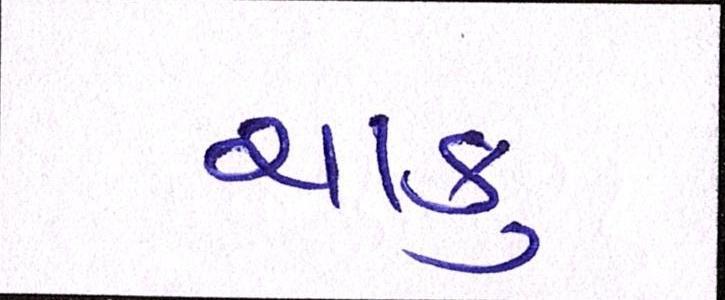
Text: ચાકુ